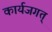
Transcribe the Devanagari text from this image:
कार्यजगत्